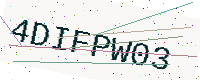
Text: 4DIFPW03